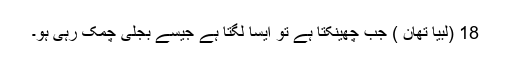
18 (لبیا تھان ) جب چھینکتا ہے تو ایسا لگتا ہے جیسے بجلی چمک رہی ہو۔